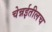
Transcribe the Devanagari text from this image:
चेन्नईतीलच